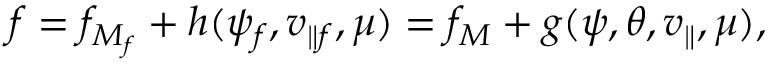
f = f _ { M _ { f } } + h ( \psi _ { f } , v _ { \parallel f } , \mu ) = f _ { M } + g ( \psi , \theta , v _ { \parallel } , \mu ) ,